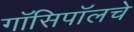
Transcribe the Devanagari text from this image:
गॉसिपॉलचे